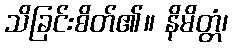
သိခြင်းစိတ်၏။ နိမိတ္တံ၊